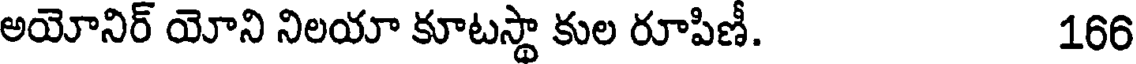
అయోనిర్ యోని నిలయా కూటస్థా కుల రూపిణీ. 166